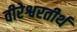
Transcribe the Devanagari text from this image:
वीरेश्वरतीर्थ